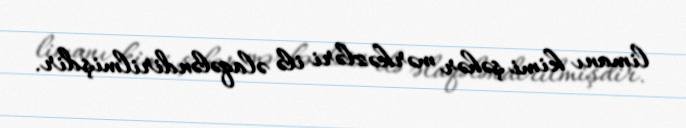
limanı kimi şəhər mərkəzləri ilə əlaqələndirilmişdir.